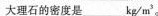
大理石的密度是___kg/m3。